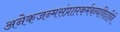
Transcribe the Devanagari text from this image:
अनेकजन्मसंप्राप्तकर्मबन्धविदाहिने